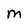
Character: M